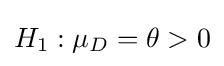
H_{1}:\mu _{D}=\theta >0